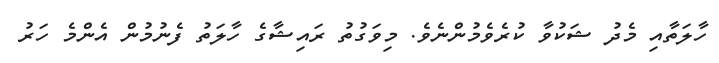
ހާލަތާއި މެދު ޝަކުވާ ކުރެވެމުންނެވެ. މިވަގުތު ރައިޝާގެ ހާލަތު ފެނުމުން އެންމެ ހަރު